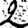
Digit: 2